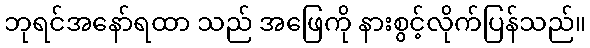
ဘုရင်အနော်ရထာ သည် အဖြေကို နားစွင့်လိုက်ပြန်သည်။